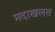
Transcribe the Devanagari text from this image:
मदाखलत